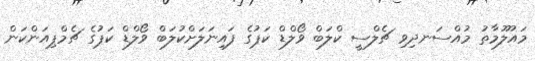
މައުލޫމާތު މުއްސަނދިވި ޗެލްސީ ކްލަބް ވޯލްޑް ކަޕުގެ ފައިނަލަށްކުލަބް ވޯލްޑް ކަޕުގެ ޗެމްޕިއަންކަން